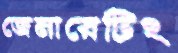
জেনারেটিং